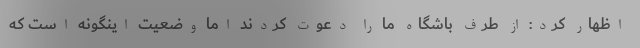
اظهار کرد: از طرف باشگاه ما را دعوت کردند اما وضعیت اینگونه است که